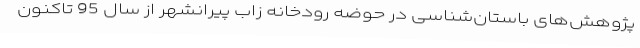
پژوهش‌های باستان‌شناسی در حوضه رودخانه زاب پیرانشهر از سال 95 تاکنون